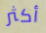
أكثر